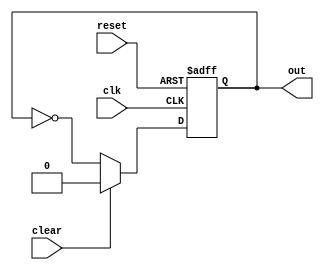
module nor_gate_delay (
    input wire clk,   // Clock signal
    input wire reset, // Reset signal
    input wire clear, // Clear signal
    output reg out    // NOR gate output
);

reg out_reg;

always @(posedge clk or posedge reset) begin
    if (reset) begin
        out_reg <= 1'b0;
    end else begin
        if (clear) begin
            out_reg <= 1'b0;
        end else begin
            out_reg <= ~(out_reg & out_reg); // NOR gate operation
        end
    end
end

assign out = out_reg;

endmodule